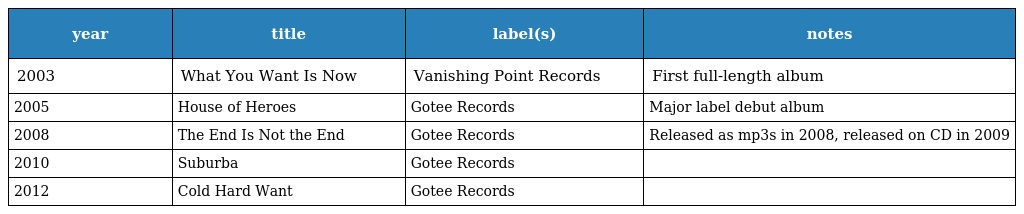
| year | title | label(s) | notes |
 | --- | --- | --- | --- |
 | 2003 | What You Want Is Now | Vanishing Point Records | First full-length album |
 | 2005 | House of Heroes | Gotee Records | Major label debut album |
 | 2008 | The End Is Not the End | Gotee Records | Released as mp3s in 2008, released on CD in 2009 |
 | 2010 | Suburba | Gotee Records |  |
 | 2012 | Cold Hard Want | Gotee Records |  |